255_413270_UFO's_and_Defense_What_Should_we_Prepare_For
Agency: NASA
Page 63
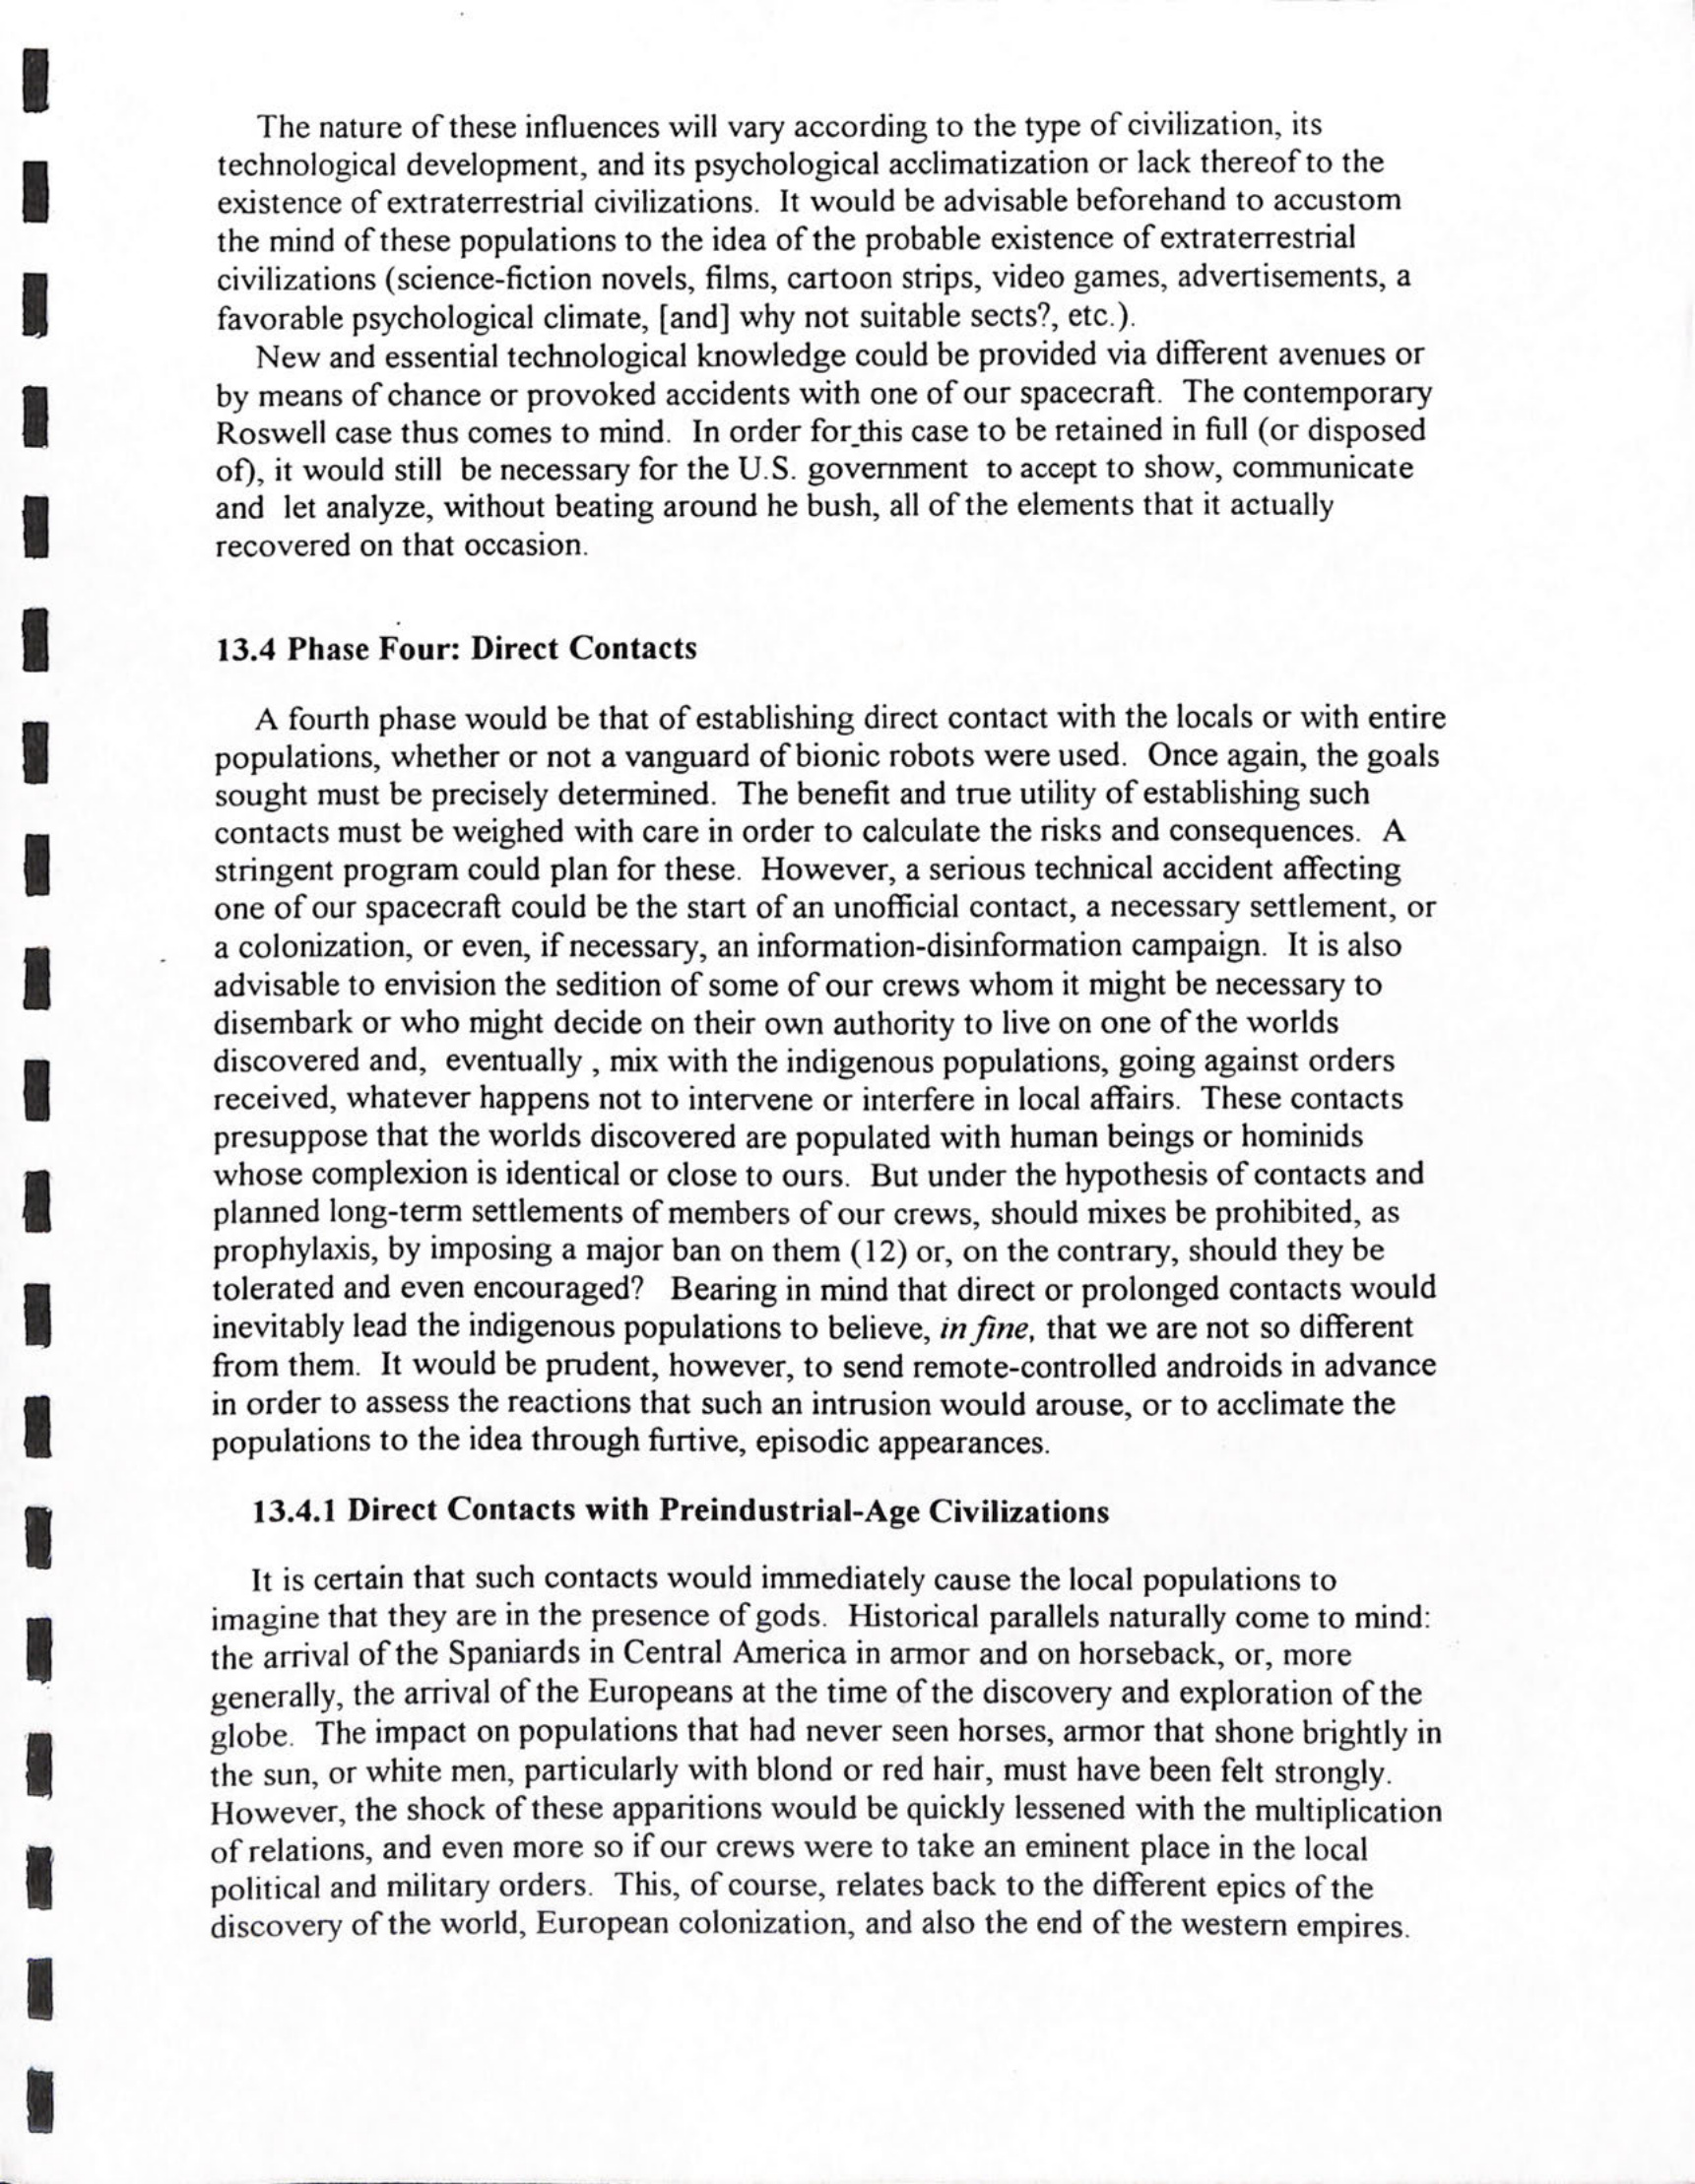